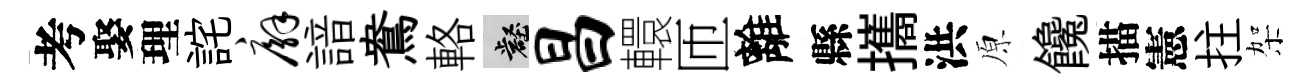
考娶理詫廨諳鴦輅壑昌轘匝離縣攜洪原饞描憲拄架